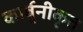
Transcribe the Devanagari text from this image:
कार्बुनीकृत